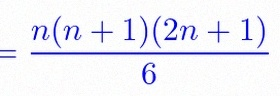
\sum_{i=1}^{n}i^2=\frac{n(n+1)(2n+1)}6